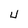
Character: U